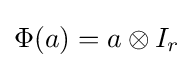
\Phi (a)=a\otimes I_{r}